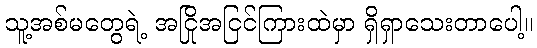
သူ့အစ်မတွေရဲ့ အငြိုအငြင်ကြားထဲမှာ ရှိရှာသေးတာပေါ့။